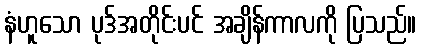
နံဟူသော ပုဒ်အတိုင်းပင် အချိန်ကာလကို ပြသည်။